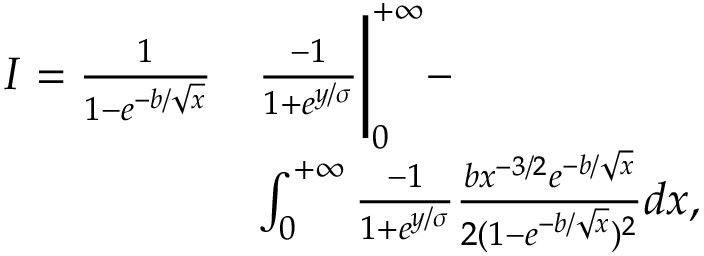
\begin{array} { r l } { I = \frac { 1 } { 1 - e ^ { - b / \sqrt { x } } } } & { \frac { - 1 } { 1 + e ^ { y / \sigma } } \Bigg | _ { 0 } ^ { + \infty } - } \\ & { \int _ { 0 } ^ { + \infty } \frac { - 1 } { 1 + e ^ { y / \sigma } } \frac { b x ^ { - 3 / 2 } e ^ { - b / \sqrt { x } } } { 2 ( 1 - e ^ { - b / \sqrt { x } } ) ^ { 2 } } d x , } \end{array}